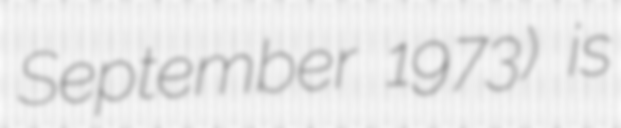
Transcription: September 1973) is